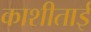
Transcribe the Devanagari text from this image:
काशीताई